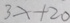
3 x + 2 0